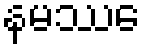
နမဿေ